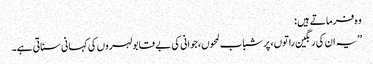
وہ فرماتے ہیں :
’’یہ ان کی رنگین راتوں، پر شباب لمحوں، جوانی کی بے قابو لہروں کی کہانی سناتی ہے۔